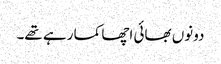
دونوں بھائی اچھا کما رہے تھے۔